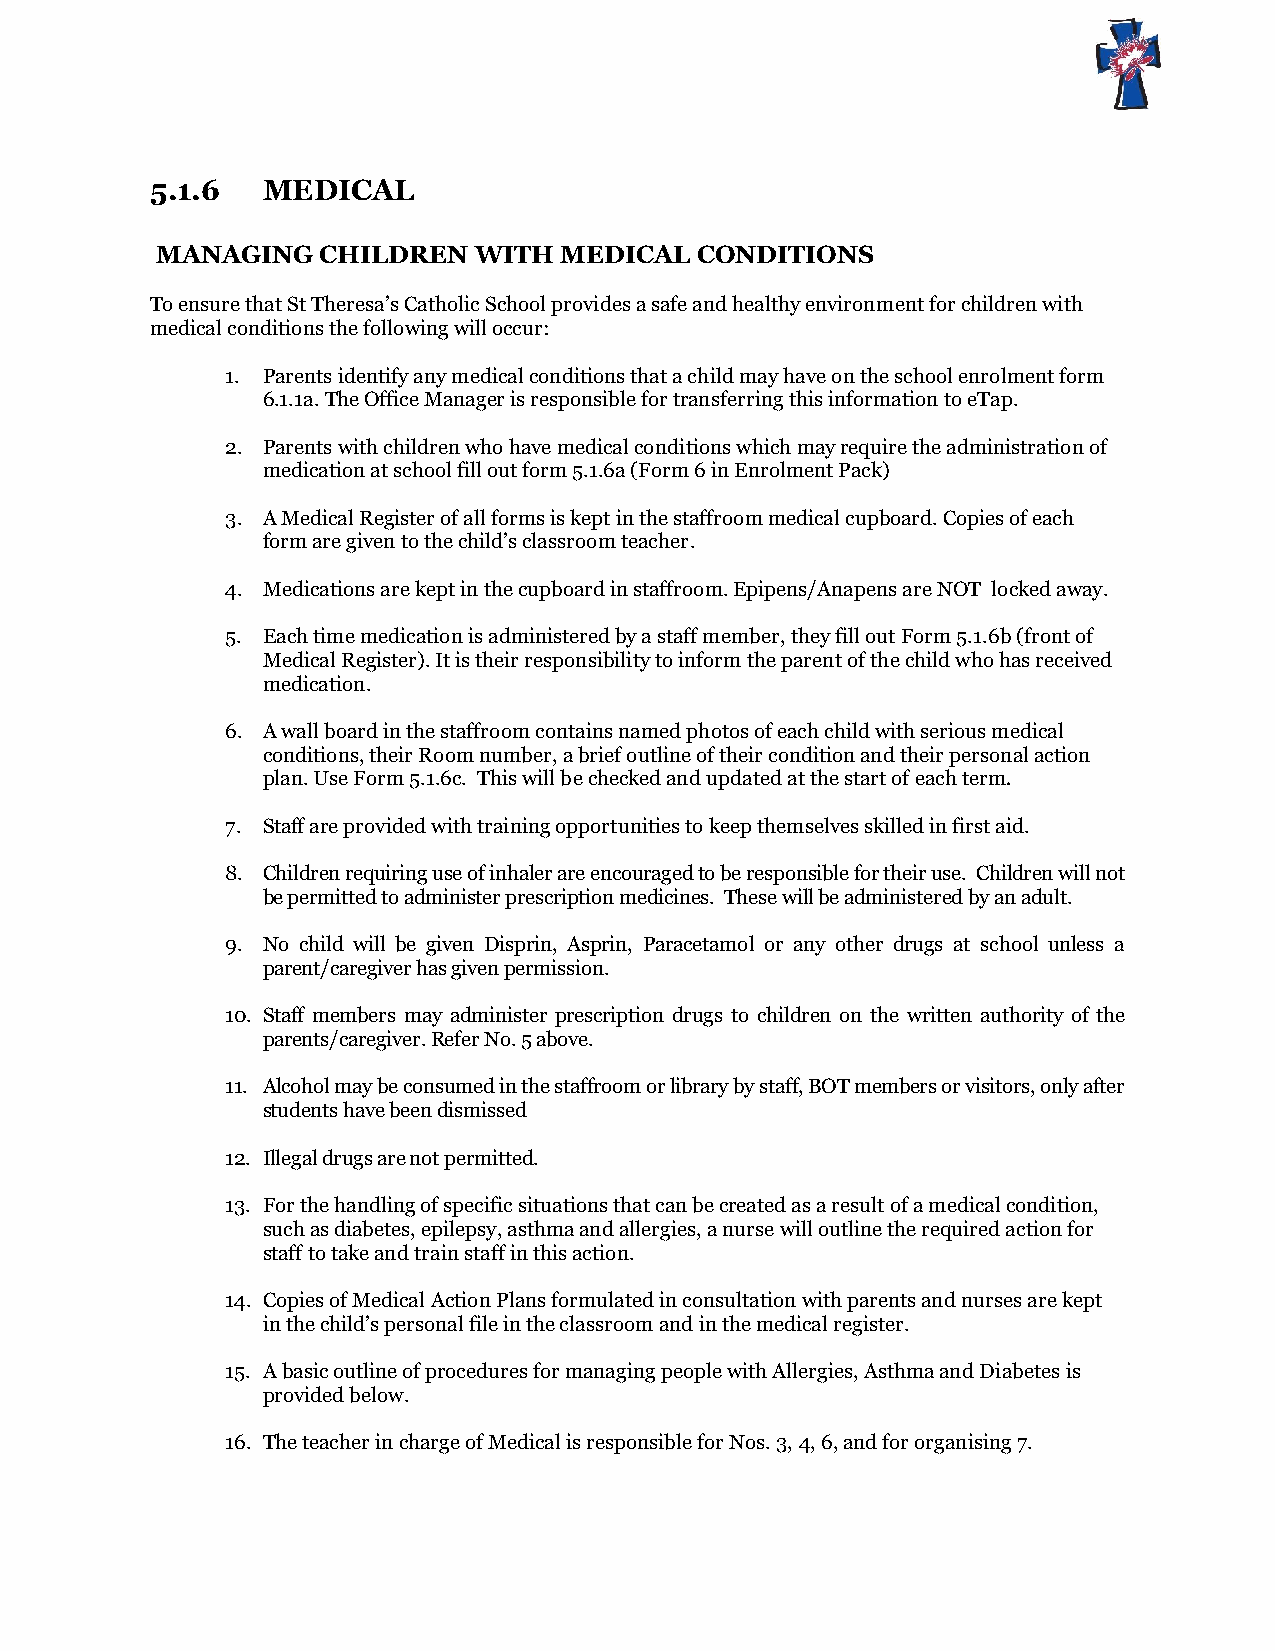
5.1.6  MEDICAL
 MANAGING   CHILDREN  WITH  MEDICAL  CONDITIONS
 To ensure that St Theresa’s Catholic School provides a safe and healthy environment for children with
 medical conditions the following will occur:
 1. Parents identify any medical conditions that a child may have on the school enrolment form
 6.1.1a. The Office Manager is responsible for transferring this information to eTap.
 2. Parents with children who have medical conditions which may require the administration of
 medication at school fill out form 5.1.6a (Form 6 in Enrolment Pack)
 3. A Medical Register of all forms is kept in the staffroom medical cupboard. Copies of each
 form are given to the child’s classroom teacher.
 4. Medications are kept in the cupboard in staffroom. Epipens/Anapens are NOT locked away.
 5. Each time medication is administered by a staff member, they fill out Form 5.1.6b (front of
 Medical Register). It is their responsibility to inform the parent of the child who has received
 medication.
 6. A wall board in the staffroom contains named photos of each child with serious medical
 conditions, their Room number, a brief outline of their condition and their personal action
 plan. Use Form 5.1.6c. This will be checked and updated at the start of each term.
 7. Staff are provided with training opportunities to keep themselves skilled in first aid.
 8. Children requiring use of inhaler are encouraged to be responsible for their use. Children will not
 be permitted to administer prescription medicines. These will be administered by an adult.
 9. No child will be given Disprin, Asprin, Paracetamol or any other drugs at school unless a
 parent/caregiver has given permission.
 10. Staff members may administer prescription drugs to children on the written authority of the
 parents/caregiver. Refer No. 5 above.
 11. Alcohol may be consumed in the staffroom or library by staff, BOT members or visitors, only after
 students have been dismissed
 12. Illegal drugs are not permitted.
 13. For the handling of specific situations that can be created as a result of a medical condition,
 such as diabetes, epilepsy, asthma and allergies, a nurse will outline the required action for
 staff to take and train staff in this action.
 14. Copies of Medical Action Plans formulated in consultation with parents and nurses are kept
 in the child’s personal file in the classroom and in the medical register.
 15. A basic outline of procedures for managing people with Allergies, Asthma and Diabetes is
 provided below.
 16. The teacher in charge of Medical is responsible for Nos. 3, 4, 6, and for organising 7.